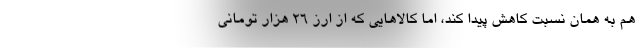
هم به همان نسبت کاهش پیدا کند، اما کالاهایی که از ارز ۲۶ هزار تومانی